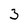
Character: 3